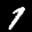
Label: 1